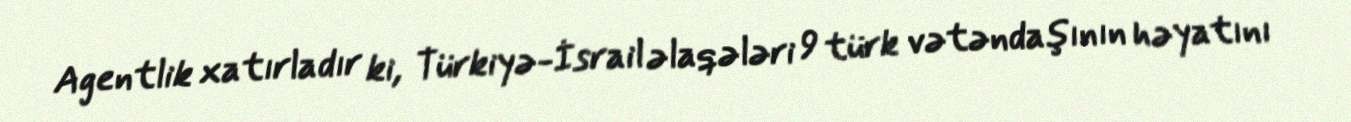
Agentlik xatırladır ki, Türkiyə-İsrail əlaqələri 9 türk vətəndaşının həyatını